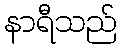
နာရီသည်